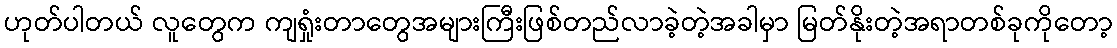
ဟုတ်ပါတယ် လူတွေက ကျရှုံးတာတွေအများကြီးဖြစ်တည်လာခဲ့တဲ့အခါမှာ မြတ်နိုးတဲ့အရာတစ်ခုကိုတော့